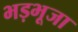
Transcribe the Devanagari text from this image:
भड़भूजा